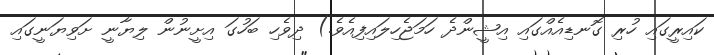
ކައިރީގައި ހުރި ގޮނޑިއެއްގައި އިޝީންދެ ހަމަޖެހިލައިފިއެވެ.) ދިވެހި ބަހުގަ އިށީނުން ލިޔާނީ ށަވިޔަނީގައި